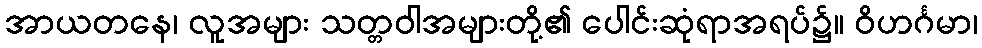
အာယတနေ၊ လူအများ သတ္တဝါအများတို့၏ ပေါင်းဆုံရာအရပ်၌။ ဝိဟင်္ဂမာ၊